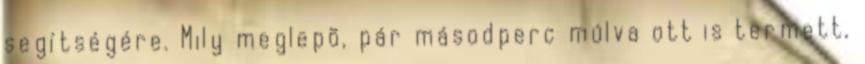
segítségére. Mily meglepõ, pár másodperc múlva ott is termett,